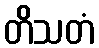
တိသတံ